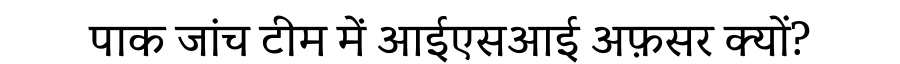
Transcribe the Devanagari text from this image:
पाक जांच टीम में आईएसआई अफ़सर क्यों?